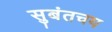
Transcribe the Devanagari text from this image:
सुबंतचय